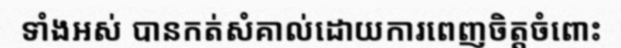
ទាំងអស់ បានកត់សំគាល់ដោយការពេញចិត្តចំពោះ